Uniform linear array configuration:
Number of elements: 24
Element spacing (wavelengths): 0.25
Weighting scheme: exponential
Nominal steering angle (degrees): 45
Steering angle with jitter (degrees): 46.843
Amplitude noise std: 0.05
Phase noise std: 0.05

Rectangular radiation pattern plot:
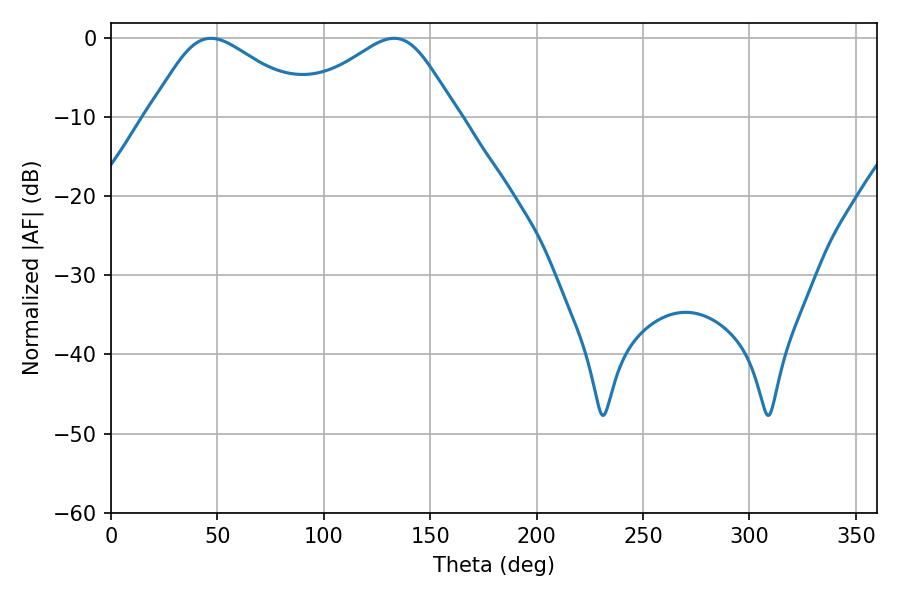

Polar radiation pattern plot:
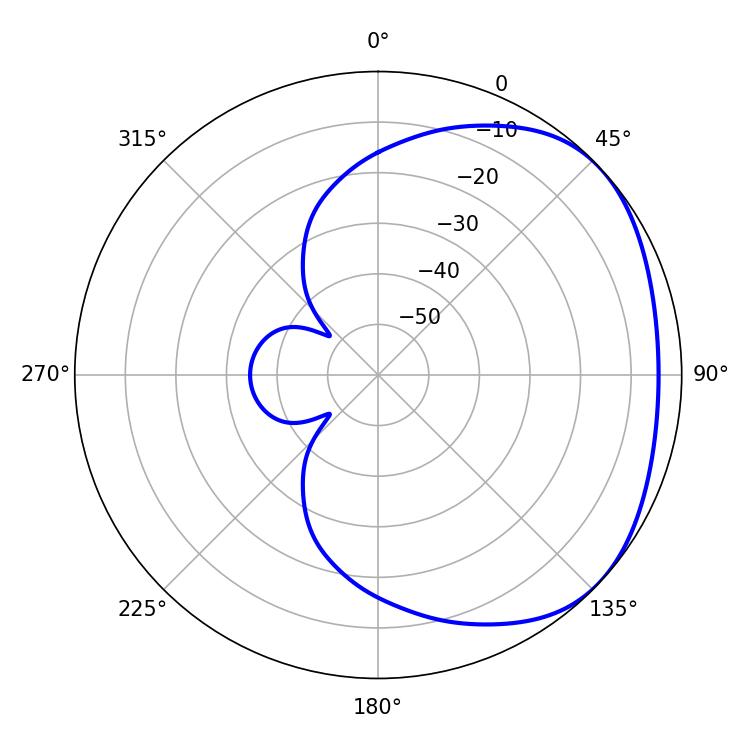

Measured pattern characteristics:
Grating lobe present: FALSE
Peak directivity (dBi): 2.47
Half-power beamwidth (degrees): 38.16
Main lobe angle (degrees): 46.98